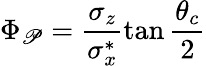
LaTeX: \Phi_{\mathscr{P}}=\frac{{\sigma_{z}}}{{\sigma_{x}^{*}}}\tan\frac{{\theta_{c}}}{{2}}